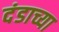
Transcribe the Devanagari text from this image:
दंडाच्या